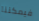
فيمكننا